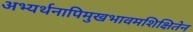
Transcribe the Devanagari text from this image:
अभ्यर्थनापिमुखभावमशिक्षितेन